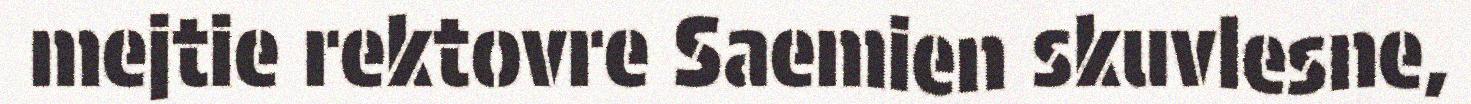
mejtie rektovre Saemien skuvlesne,